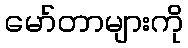
မော်တာများကို